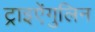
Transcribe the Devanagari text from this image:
ट्राइऐंगुलिन